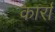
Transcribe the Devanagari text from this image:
कार्रा